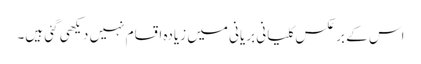
اس کے بر عکس کلیانی بریانی میں زیادہ اقسام نہیں دیکھی گئی ہیں۔